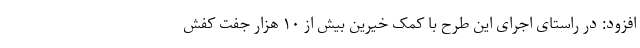
افزود: در راستای اجرای این طرح با کمک خیرین بیش از ۱۰ هزار جفت کفش